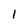
Character: 1